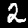
Label: 2